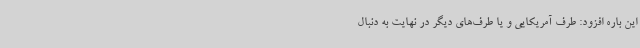
این باره افزود: طرف آمریکایی و یا طرف‌های دیگر در نهایت به دنبال